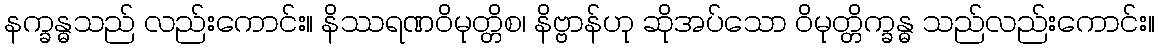
နက္ခန္ဓသည် လည်းကောင်း။ နိဿရဏဝိမုတ္တိစ၊ နိဗ္ဗာန်ဟု ဆိုအပ်သော ဝိမုတ္တိက္ခန္ဓ သည်လည်းကောင်း။